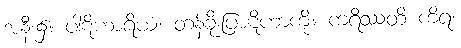
အနီး၌။ ပါဋိဟာရိယံ၊ တန်ခိုးပြာဋိဟာကို။ ကရိဿတိ ကိရ၊